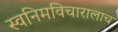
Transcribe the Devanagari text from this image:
स्वनिमविचारालाच